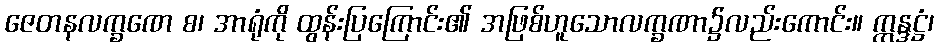
ဇေတနလက္ခဏေ စ၊ အာရုံကို ထွန်းပြကြောင်း၏ အဖြစ်ဟူသောလက္ခဏာ၌လည်းကောင်း။ ဣန္ဒဋ္ဌံ၊